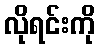
လိုရင်းကို